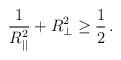
LaTeX: \begin{align*}\frac{1}{R^2_{||}}+R_\perp^2\ge\frac{1}{2}\,.\end{align*}